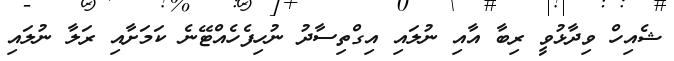
ޝެއިހް ވިދާޅުވީ ރިބާ އާއި ނުލައި އިގްތިސާދު ނުހިފެހެއްޓޭނެ ކަމަށާއި ރަލާ ނުލައި